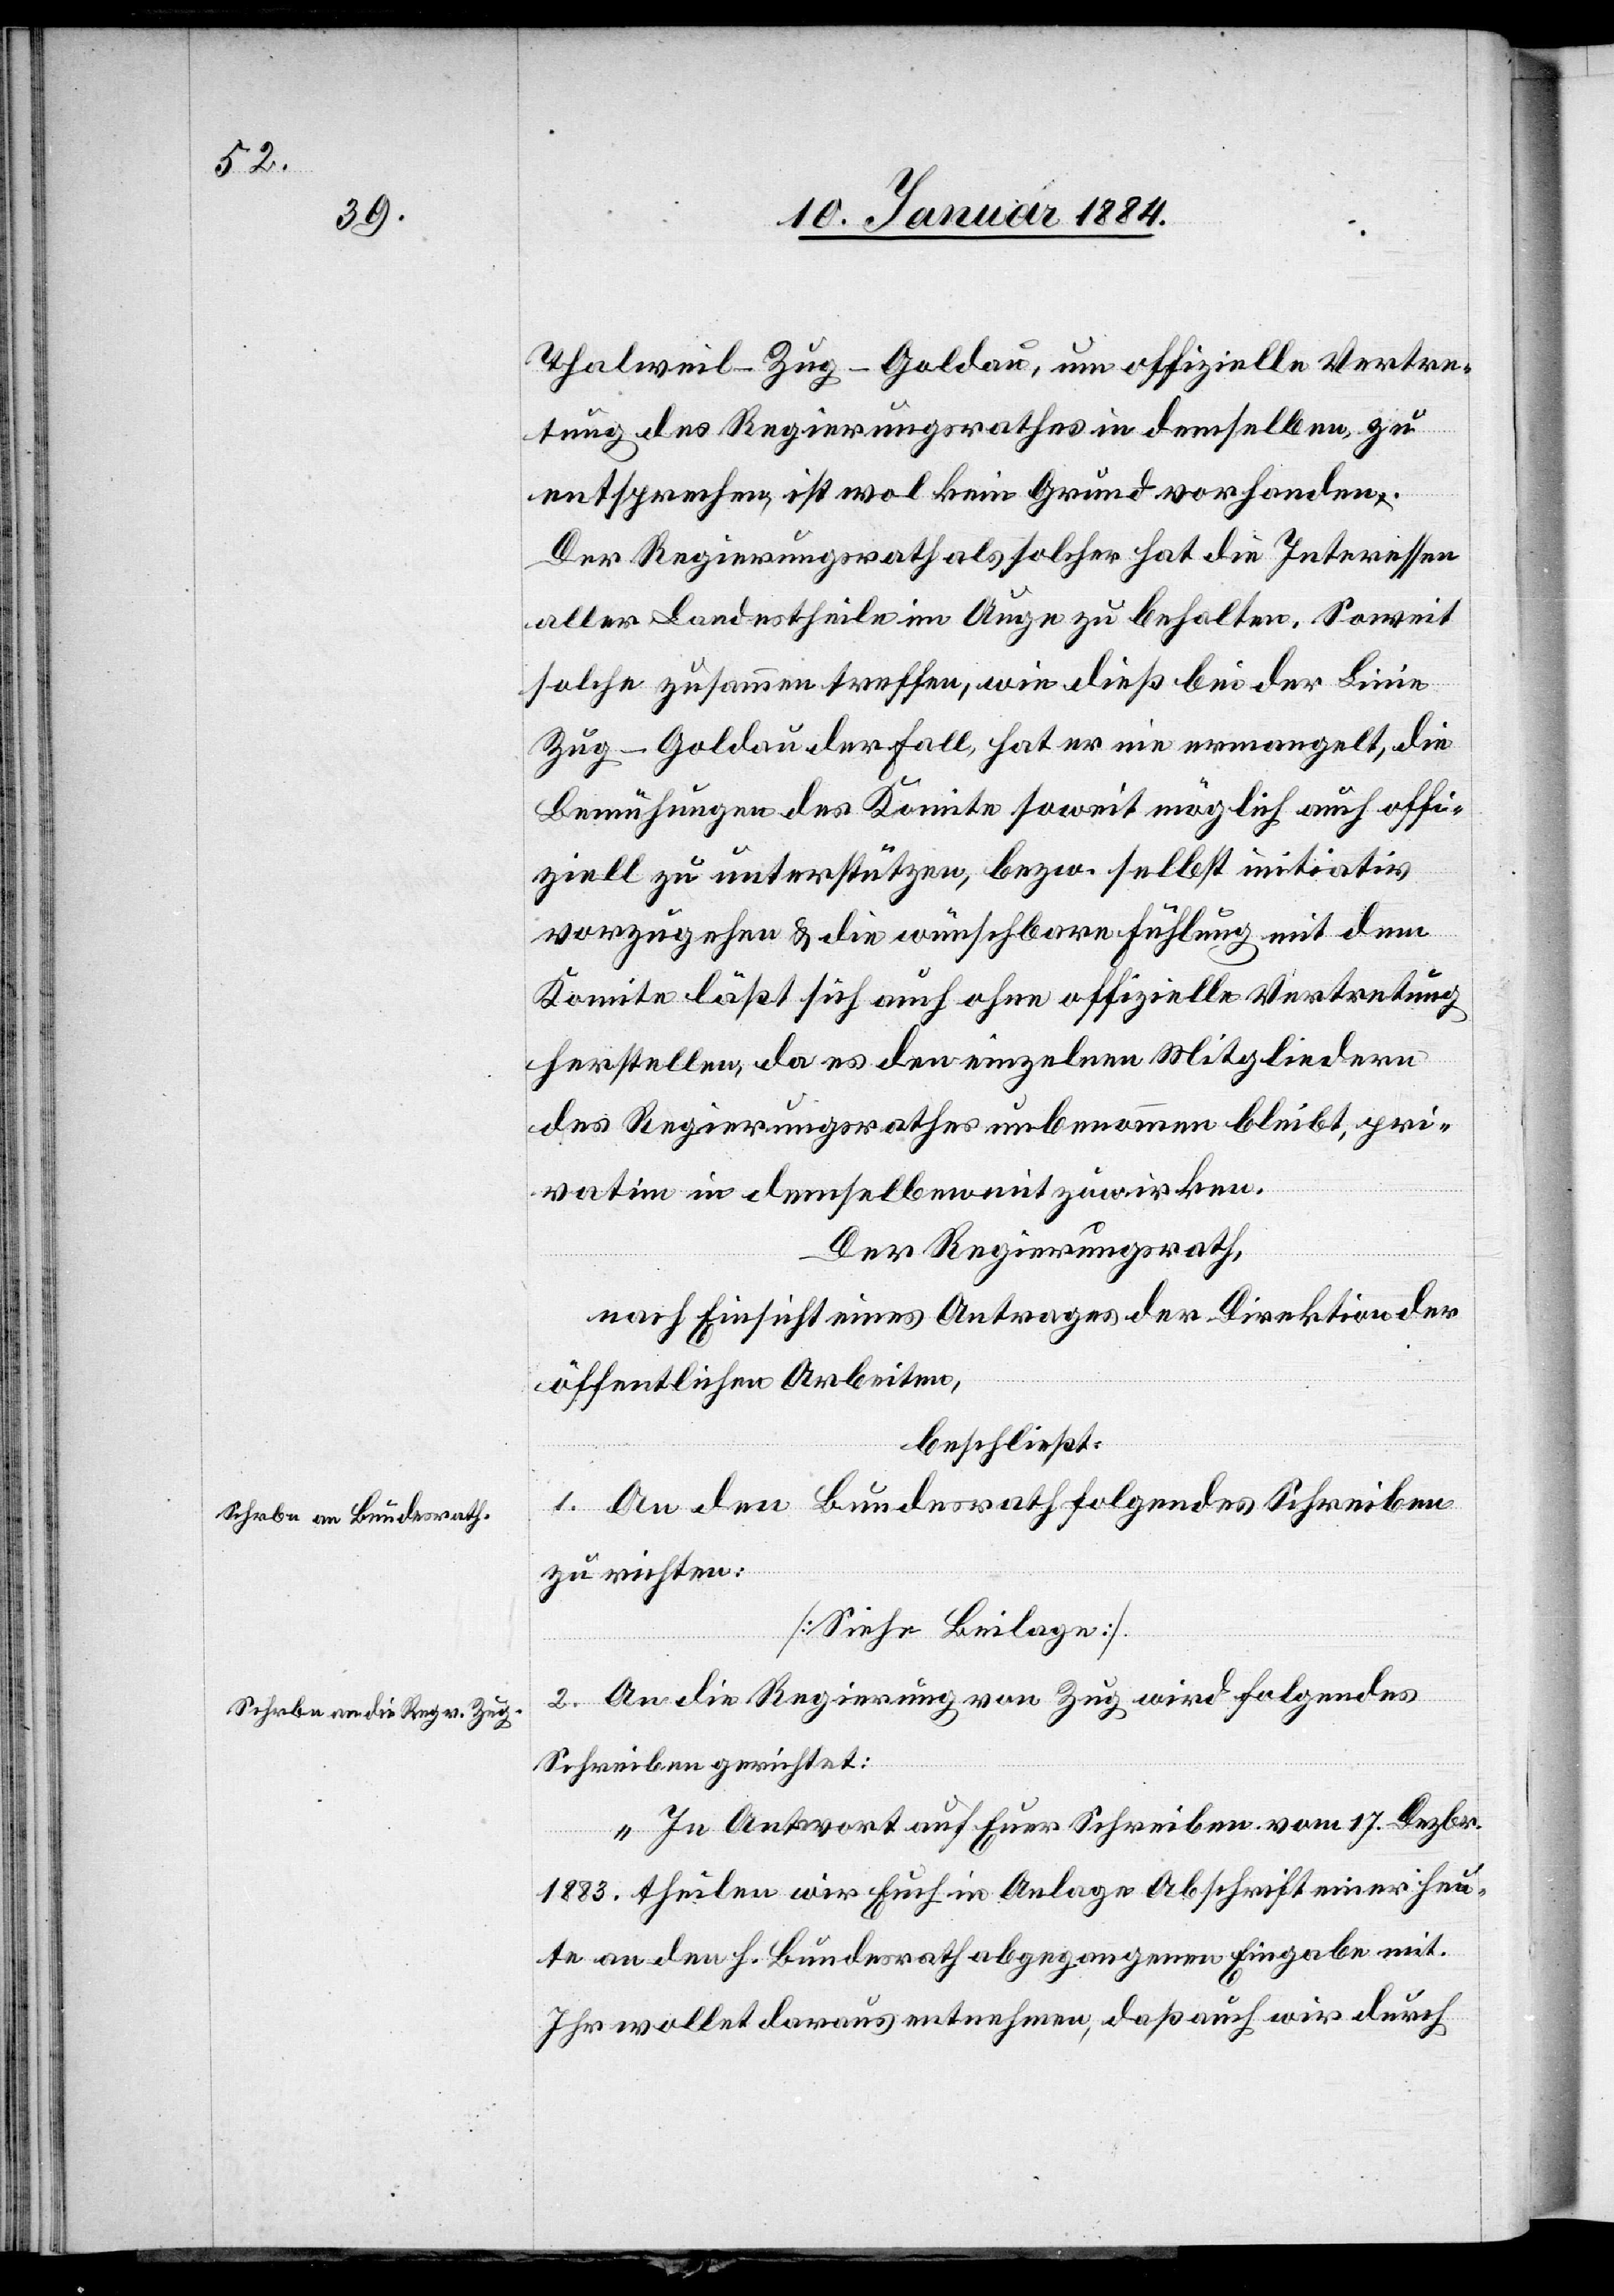
Thalweil–Zug–Goldau, um offizielle Vertre¬
tung des Regierungsrathes in demselben zu
entsprechen, ist wol kein Grund vorhanden.
Der Regierungsrath als solcher hat die Interessen
aller Landestheile im Auge zu behalten. Soweit
solche zusammentreffen, wie dieß bei der Linie
Zug–Goldau der Fall, hat er nie ermangelt, die
Bemühungen des Komite soweit möglich auch offi¬
ziell zu unterstützen, bzw. selbst initiativ
vorzugehen & die wünschbare Fühlung mit dem
Komite läßt sich auch ohne offizielle Vertretung
herstellen, da es den einzelnen Mitgliedern
des Regierungsrathes unbenommen bleibt, pri¬
vatim in demselben mitzuwirken.
Der Regierungsrath,
nach Einsicht eines Antrages der Direktion der
öffentlichen Arbeiten,
beschließt:
1. An den Bundesrath folgendes Schreiben
zu richten:
[Siehe Beilage].
2. An die Regierung von Zug wird folgendes
Schreiben gerichtet:
„In Antwort auf Euer Schreiben vom 17. Dezbr.
1883 theilen wir Euch in Anlage Abschrift einer heu¬
te an den h. Bundesrath abgegangenen Eingabe mit.
Ihr wolltet daraus entnehmen, daß auch wir durch